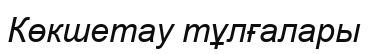
Көкшетау тұлғалары